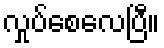
လှုပ်စေလေပြီ။